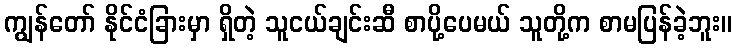
ကျွန်တော် နိုင်ငံခြားမှာ ရှိတဲ့ သူငယ်ချင်းဆီ စာပို့ပေမယ် သူတို့က စာမပြန်ခဲ့ဘူး။